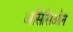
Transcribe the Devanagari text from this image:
असिसिओन